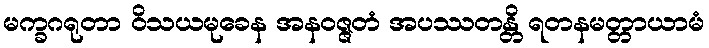
မက္ခဂရုတာ ဝိသယမုခေန အနဝဇ္ဇတံ အပဿတန္တိ ရတနမတ္တာယာမံ